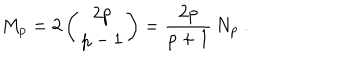
LaTeX: M _ { p } = 2 \left( \begin{array} { c } { { 2 p } } \\ { { p - 1 } } \\ \end{array} \right) = \frac { 2 p } { p + 1 } \, N _ { p } \ .